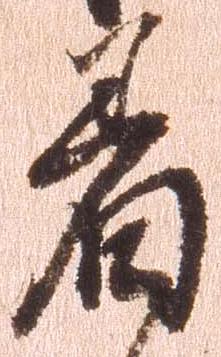
着